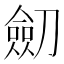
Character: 劎